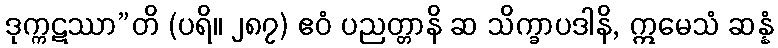
ဒုက္ကဋဿာ”တိ (ပရိ။ ၂၈၇) ဧဝံ ပညတ္တာနိ ဆ သိက္ခာပဒါနိ, ဣမေသံ ဆန္နံ